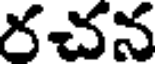
రచన